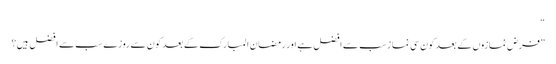
“
”فرض نمازوں کے بعد کون سی نما زسب سے افضل ہے اور رمضان المبارک کے بعد کون سے روزے سب سے افضل ہیں؟